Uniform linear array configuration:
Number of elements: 48
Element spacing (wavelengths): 0.5
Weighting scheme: cosine
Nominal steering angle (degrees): -45
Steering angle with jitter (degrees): -44.247
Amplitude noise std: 0.05
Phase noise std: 0.05

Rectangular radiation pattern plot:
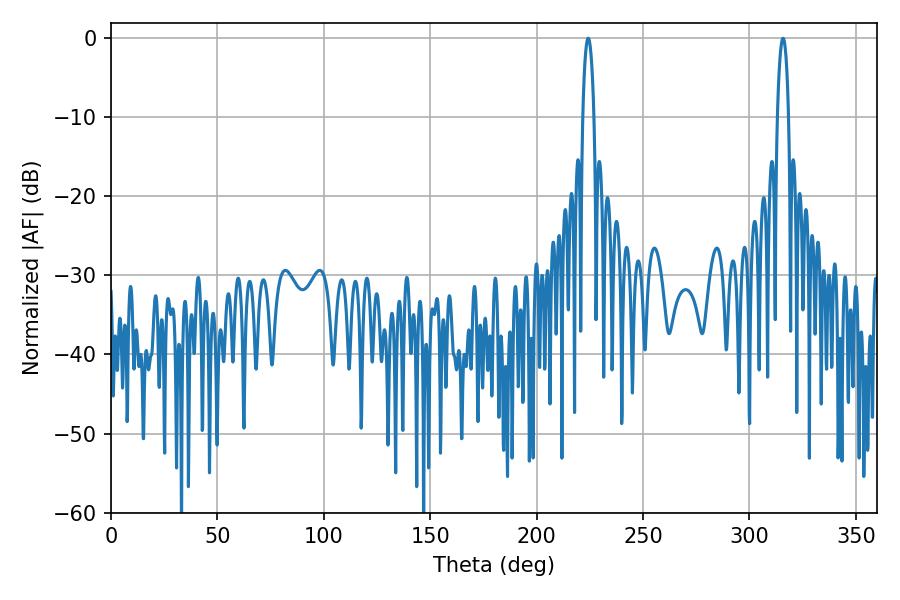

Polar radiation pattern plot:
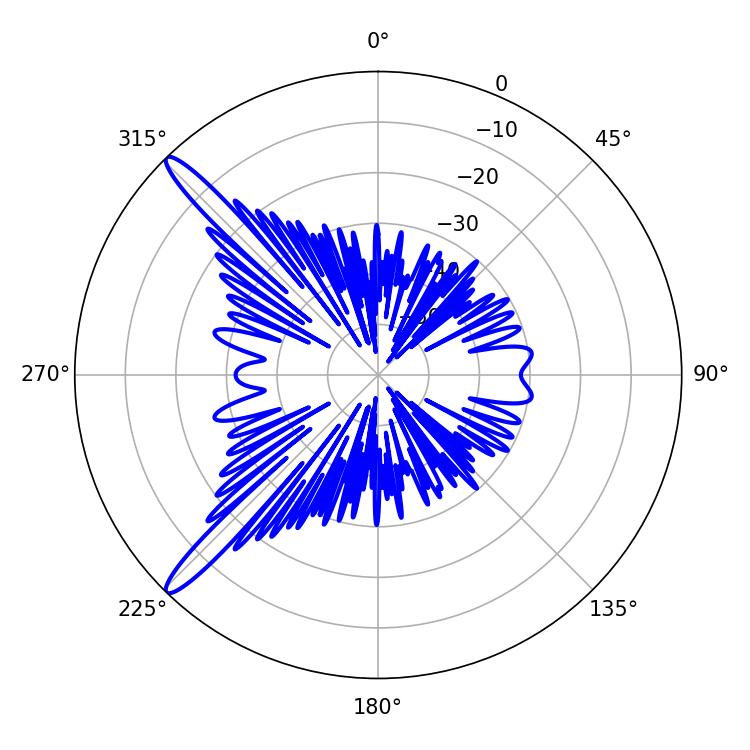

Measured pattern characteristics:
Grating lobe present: FALSE
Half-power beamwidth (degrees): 2.88
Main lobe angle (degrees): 224.28